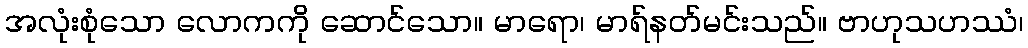
အလုံးစုံသော လောကကို ဆောင်သော။ မာရော၊ မာရ်နတ်မင်းသည်။ ဗာဟုသဟဿံ၊